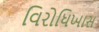
વિરોધિખાસ